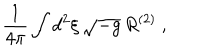
LaTeX: \frac { 1 } { 4 \pi } \int d ^ { 2 } \xi \, \sqrt { - g } \, R ^ { ( 2 ) } \ ,